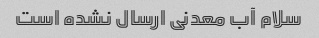
سلام آب معدنی ارسال نشده است